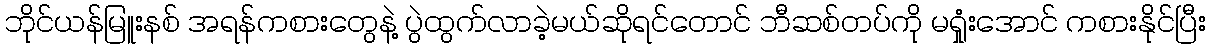
ဘိုင်ယန်မြူးနစ် အရန်ကစားတွေနဲ့ ပွဲထွက်လာခဲ့မယ်ဆိုရင်တောင် ဘီဆစ်တပ်ကို မရှုံးအောင် ကစားနိုင်ပြီး